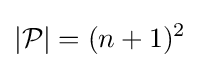
\left|{\mathcal {P}}\right|=(n+1)^{2}